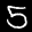
Label: 5